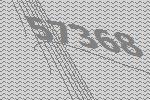
57368